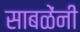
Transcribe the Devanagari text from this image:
साबळेंनी